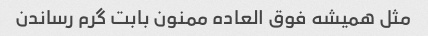
مثل همیشه فوق العاده ممنون بابت گرم رساندن